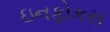
ઇનફોકસ